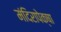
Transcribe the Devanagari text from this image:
मंदिरापेक्षा